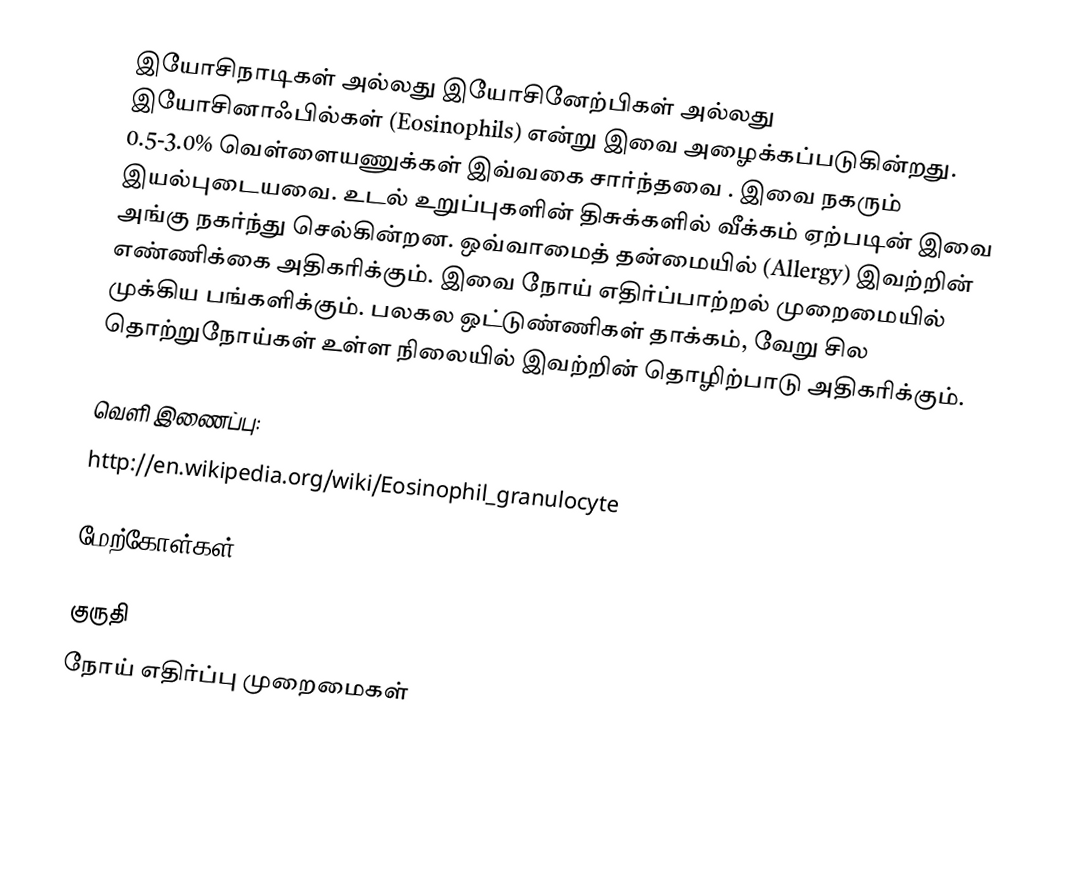
இயோசிநாடிகள் அல்லது இயோசினேற்பிகள் அல்லது இயோசினாஃபில்கள் (Eosinophils) என்று இவை அழைக்கப்படுகின்றது. 0.5-3.0% வெள்ளையணுக்கள் இவ்வகை சார்ந்தவை . இவை நகரும் இயல்புடையவை. உடல் உறுப்புகளின் திசுக்களில் வீக்கம் ஏற்படின் இவை அங்கு நகர்ந்து செல்கின்றன. ஒவ்வாமைத் தன்மையில் (Allergy) இவற்றின் எண்ணிக்கை அதிகரிக்கும். இவை நோய் எதிர்ப்பாற்றல் முறைமையில் முக்கிய பங்களிக்கும். பலகல ஒட்டுண்ணிகள் தாக்கம், வேறு சில தொற்றுநோய்கள் உள்ள நிலையில் இவற்றின் தொழிற்பாடு அதிகரிக்கும்.

வெளி இணைப்பு:
http://en.wikipedia.org/wiki/Eosinophil_granulocyte

மேற்கோள்கள்

குருதி
நோய் எதிர்ப்பு முறைமைகள்